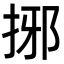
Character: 捓